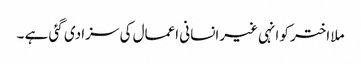
ملا اختر کو انہی غیرانسانی اعمال کی سزا دی گئی ہے ۔